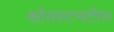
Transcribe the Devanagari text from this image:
कॉनस्टनटीन